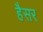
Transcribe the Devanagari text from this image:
हैैसर